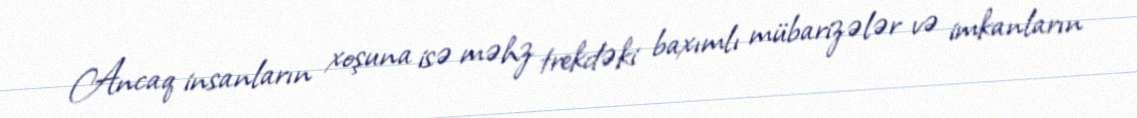
Ancaq insanların xoşuna isə məhz trekdəki baxımlı mübarizələr və imkanların